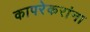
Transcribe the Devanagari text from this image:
कापरेकरांना